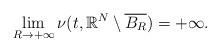
LaTeX: \begin{align*}\lim_{R \to +\infty} \nu(t,\mathbb{R}^N \setminus \overline{B_R}) = +\infty.\end{align*}